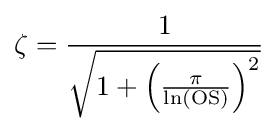
\zeta ={\frac {1}{\sqrt {1+\left({\frac {\pi }{\ln(\mathrm {OS} )}}\right)^{2}}}}